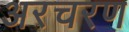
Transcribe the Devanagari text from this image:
अरचरण